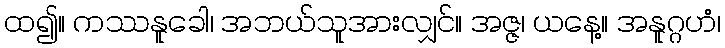
ထ၍။ ကဿနူခေါ၊ အဘယ်သူအားလျှင်။ အဇ္ဇ၊ ယနေ့။ အနူဂ္ဂဟံ၊